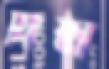
বিষ্ঠা